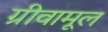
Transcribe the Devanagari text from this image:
ग्रीवामूल